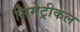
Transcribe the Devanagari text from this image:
सिमेट्रीकल